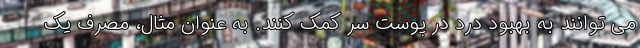
می توانند به بهبود درد در پوست سر کمک کنند. به عنوان مثال، مصرف یک